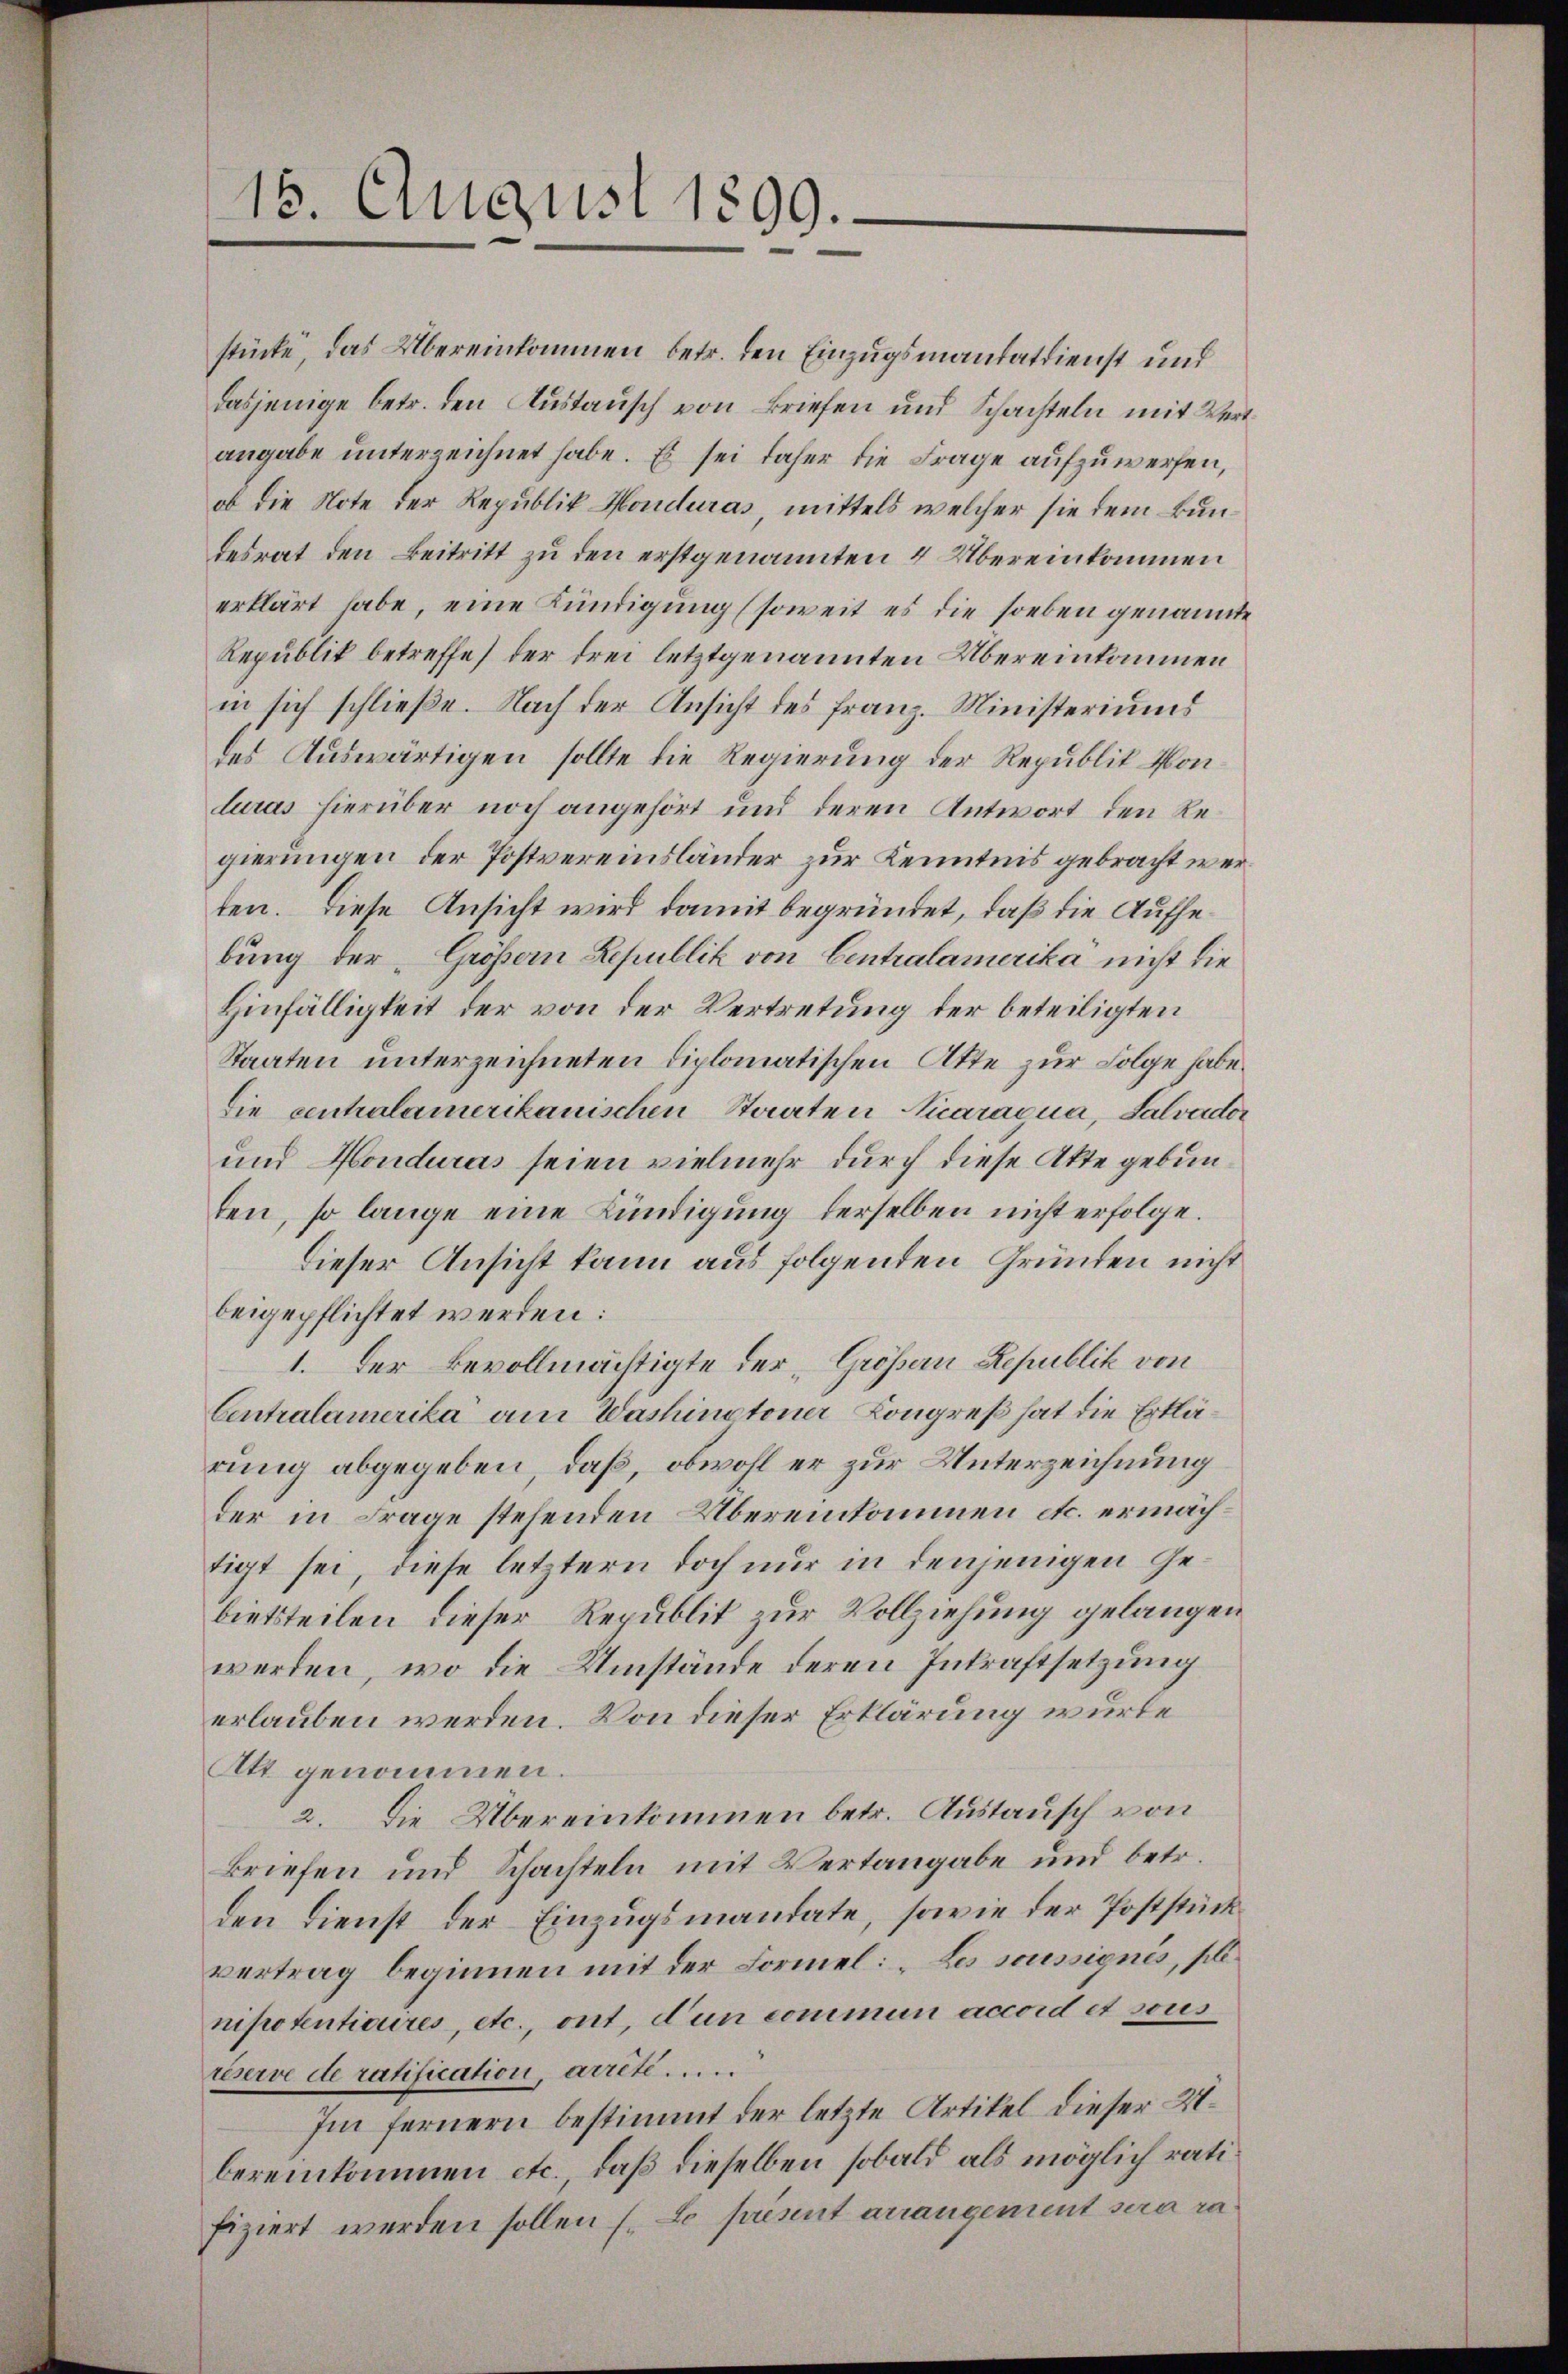
15. August 1899.

stücke, das Übereinkommen betr. den Einzugsmandatdienst und
dasjenige betr. den Austausch von Briefen und Schachteln mit Wert
angabe unterzeichnet habe. Es sei daher die Frage aufzuwerfen,
ob die Note der Republik Honduras, mittels welcher sie dem Bundesrat den Beitritt zu den erstgenannten 4 Übereinkommen
erklärt habe, eine Kündigung (soweit es die soeben genannte
Republik betreffe, der drei letztgenannten Übereinkommen
in sich schließe. Nach der Ansicht des Franz. Ministeriums
des Auswärtigen sollte die Regierung der Republik konluras hierüber noch angehört und deren Antwort den Regierungen der Postvereinsländer zur Kenntnis gebracht werten. Diese Ansicht wird damit begründet, daß die Aufhebung der Größern Lepublik von Centralamerika nicht die
Hinfälligkeit der von der Vertretung der beteiligten
Staaten unterzeichneten Diplomatischen Akte zur Folge habe.
Die centralamerikanischen Staaten Nicaraqua, Salvader
und Honduras seien vielmehr durch diese Akte gebunten, so lange eine Bündigung derselben nicht erfolge.
Dieser Ansicht kann aus folgenden Gründen nicht
beigepflichtet werden:
1. Der Bevollmächtigte der „Grössern Republik von
Centralamerika am Washingtoner Kongreß hat die Erklärung abgegeben, daß, obwohl er zur Unterzeichnung
der in Frage stehenden Übereinkommen etc. ermächtigt sei, diese letztern doch nur in denjenigen Gebietsteilen dieser Republit zur Vollziehung gelangen
werden, wo die Umstände deren Inkraftsetzung
erlauben werden. Von dieser Erklärung wurde
Att genommen.
2. Die Übereinkommen betr. Austausch von
Briefen und Schachteln mit Vertangabe und betr.
den Dienst der Einzugsmandate, sowie der Poststück
vertrag beginnen mit der Formel: „Les soussignis, sollnipotentiaires, etc., ont, d’un commun accord et sous
réserve de ratification, arrête .....
Im fernern bestimmt der letzte Artikel dieser N.
bereinkommen etc., daß dieselben sobald als möglich ratifiziert werden sollen (Le présent arrangement sera ra¬